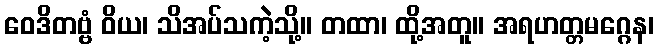
ဝေဒိတဗ္ဗံ ဝိယ၊ သိအပ်သကဲ့သို့။ တထာ၊ ထို့အတူ။ အရဟတ္တမဂ္ဂေန၊